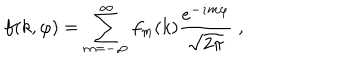
f ( k , \varphi ) = \sum _ { m = - \infty } ^ { \infty } f _ { m } ( k ) { \frac { e ^ { - \dot { \imath } m \varphi } } { \sqrt { 2 \pi } } } \; ,